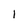
Character: 1